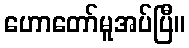
ဟောတော်မူအပ်ပြီ။